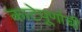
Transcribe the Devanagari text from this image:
काटेपूर्णाची